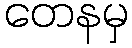
တေနမှ